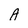
Character: A